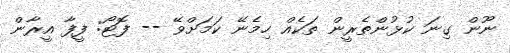
ނޫން ގިނަ ކުޅުންތެރީން ތަކެއް ހިމެނޭ ކަމަށްވޭ -- ފޮޓޯ: ފީފާ އީރާން